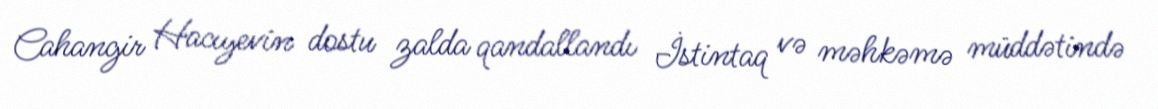
Cahangir Hacıyevin dostu zalda qandallandı İstintaq və məhkəmə müddətində